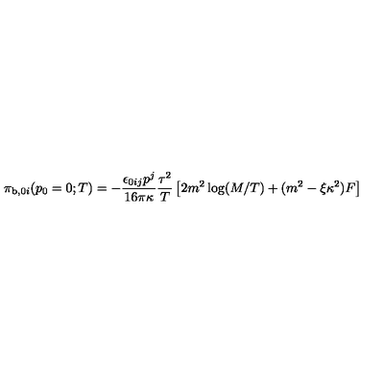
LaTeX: { \cal { \pi } } _ { \mathrm { b } , 0 i } ( p _ { 0 } = 0 ; T ) = - \frac { \epsilon _ { 0 i j } p ^ { j } } { 1 6 \pi \kappa } \frac { \tau ^ { 2 } } { T } \left[ 2 m ^ { 2 } \log ( M / T ) + ( m ^ { 2 } - \xi \kappa ^ { 2 } ) F \right]